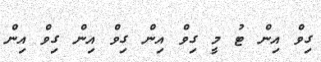
ގިވް އިން ޓު މީ ގިވް އިން ގިވް އިން ގިވް އިން